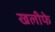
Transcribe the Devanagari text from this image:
खलीफे